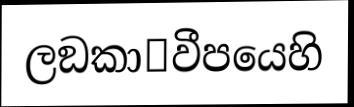
ලඞකා෾වීපයෙහි